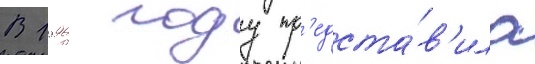
В 1996 году пр'едста́в'ила